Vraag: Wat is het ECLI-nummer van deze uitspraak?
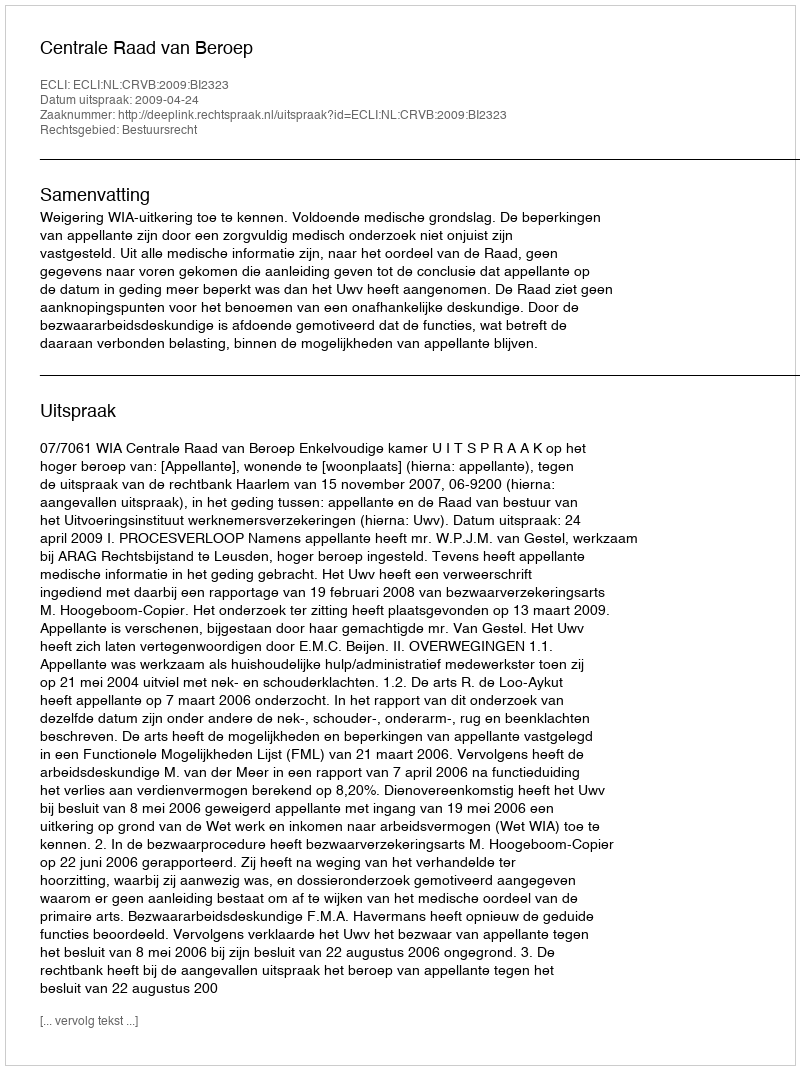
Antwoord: ECLI:NL:CRVB:2009:BI2323